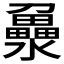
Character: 𤃻